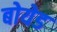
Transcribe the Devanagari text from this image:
बोयेड